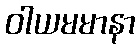
ဝါယမမာနာ